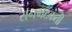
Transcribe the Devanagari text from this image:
रानभटकंती